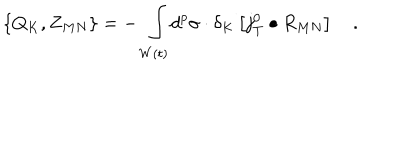
\left\{ Q _ { K } , Z _ { M N } \right\} = - \, \int _ { W \left( t \right) } d ^ { p } \sigma \cdot \delta _ { K } \left[ j _ { T } ^ { 0 } \bullet R _ { M N } \right] \quad .